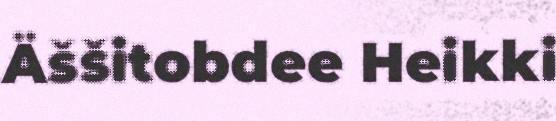
Äššitobdee Heikki